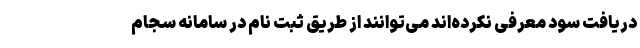
دریافت سود معرفی نکرده‌اند می‌توانند از طریق ثبت نام در سامانه سجام